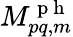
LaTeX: M_{pq,m}^{\mathrm{~p~h~}}